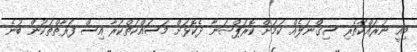
މިއީ ނުރައްކާތެރި ސިގްނަލެއް ކަމަށް ކޮރަޕްޝަނާ ދެކޮޅަށް މަސައްކަތްކުރާ އިސް ފަރާތްތަކުން ބުނެ